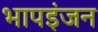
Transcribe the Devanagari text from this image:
भापइंजन